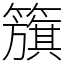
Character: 籏